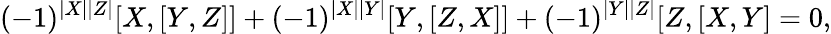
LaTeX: (-1)^{|X||Z|}[X,[Y,Z]]+(-1)^{|X||Y|}[Y,[Z,X]]+(-1)^{|Y||Z|}[Z,[X,Y]=0,